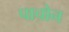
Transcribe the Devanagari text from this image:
पाचोन